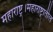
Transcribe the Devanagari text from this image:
महाराष्ट्र।महाराष्ट्रातील